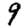
Digit: 9